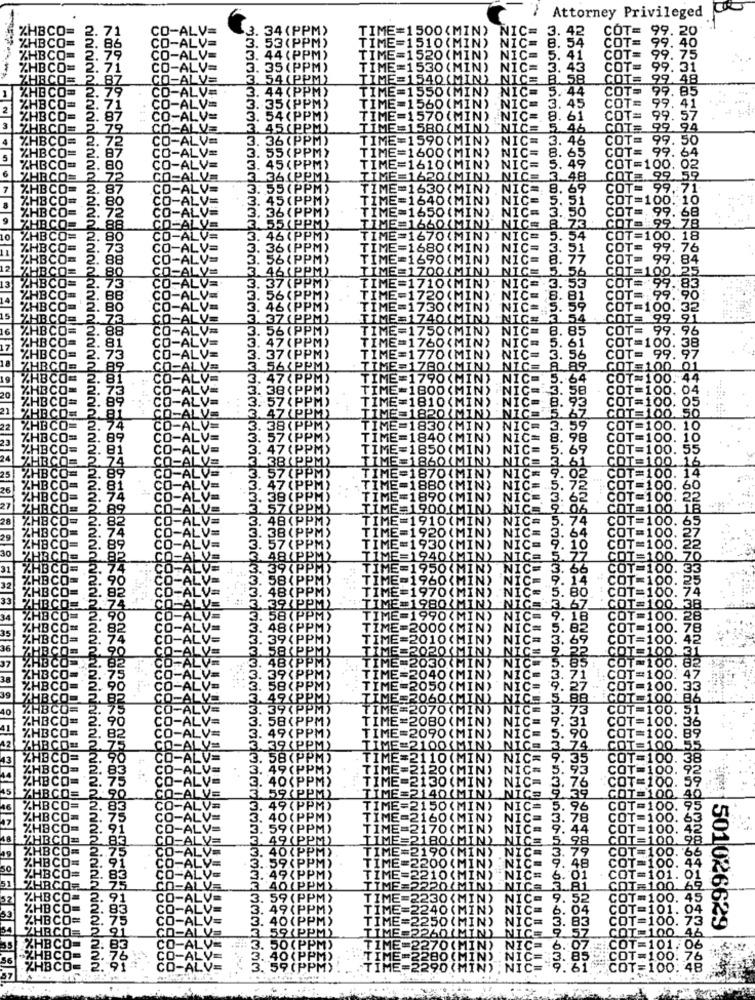
Attorney Privileged
34 (PPM)
(ME=1500(MIN) NIC= 3. 42
COT= 99. 20
53 (PPM)
TIME=1510(MIN)
NIC= 8. 54
COT= 99.
IME =1520 (MIN)
NIC= 5. 41
COT= 99.
75
35 (PP
TIME=1530 (MIN) NIC= 3. 43
COT= 99. 31
54 (PPM)
IME
=1540 (MIN) NICE B. 58
COT= 99 48
44 (PPM
TIME=1550 (MIN) NIC= 5. 44
COT= 99.85
5(PPM
TIME=1560 (MIN) NIC= 3. 45
COT= 99. 41
4 (PPM
TIMES
E=1570 (MIN) . NIC= 8. 61
COT= 99. 57
TIME=1580(MIN) NIC= 5.46
COT= 99.94
TIME=1590 (MIN)
NIC= 3. 46
COT= 99. 50
TIME=1600(MIN) NIC= 8. 65
COT= 99. 64
45(PPM
TIME=1610 (MIN)
NIC= 5. 49
COT=100. 02
361PPM
TIME=1620(MIN) NIC= 3.48
COTE 99 59
TIME=1630(MIN) NIC= 8. 69
COT= 99.9
TIME=1640 (MIN) NIC= 5. 51
COT=100. 10
TIME=1650 (MIN). NIC= 3
50
COT =. 99. 68
COT= 99 78
CIME=1660(MIN) NICS 8
73
ME =1670(MIN) NIC= 5
.54
COT=100. 18
TIME=1680(MIN) NIC= 3.
51
COT=
99.76
TIME=1690(MIN) NIC= 8. 77
COT=
99. 84
_TIME=1700(MIN) NICE 5.56
COT=1
00.25
(PPM
53
COT=
99.83
TIME=1710(MIN)
NICE
(PPM
TIME=1720 (MIN) NIC= 8
31
COT-
79.90
(PPM
E=1730 (MIN)
NIC-
59
COT
IME=1740(MIN) NIC="
COTE
IPPM
TI
ME=1750(MIN)
NIC=
8.85
COT
99.96
NIC=
COT
00. 38
IME=1760(MIN)
E=1770 (MIN)
NIC=
79.97
[ME=1780(MIN)
NICE
COT
00 01
ME=1790 (MIN)
NIC
00. 44
IME =1800 (MIN)
00. 04
TIME=
E=1810(MIN)
ME=1820(MIN)
NICE
IME=1830(MIN)
NIC
IME=1840 (MIN)
NIC
ME=1850(MI
NIC
IME=1860(MIN)
NICE
TIME=1870(MI
870 (MIN) NIC=
IME=1880(MIN
NIC=
TIME =1890(MI
NIC
ME=1900(M]
NICE
ME=1910(M
NIC=
IE=1920(M
NIC=
30
1930(
NIC=
TIME=
E=1
1940(MIN) NIC=
40
TIME
50 (MIN) NIC=
T
TIME
X(MIN)
NIC=
TIME=1970(MIN)
70 (MIN
.NIC=
TIME=1
BOXMIN
80(MIN) NICE
ME=1
90 MIN
NIC=
TIME
OO (MIN)
TIME
10(MIN) NIC=
10 (MIN)
(MIN)
NICE
Em
30 (MIN)
NIC-
nininingnininininini
ME
O (MIN)
NIC-
TIME
50 (MIN)
NIC=
9.
TIMES
160 (MIN) NICE
5
TIME=2
070 (MIN)
NICE
3.
TIME=2080 (MIN)
NIC=
9
TIME=2090 (MIN)
NICE
5. 90
TIME=2100(MIN) NIC= 3 74
TIME=2110(MIN) NIC=
9.35
TIME=2120 (MIN) NIC=
5.93
TIME=2130 (MIN) NIC= 3. 76
TIME=2140(MIN) NICS 9.39
TIME=2150(MIN) NIC=
5.96
TIME=2160 (MIN) NICE
70(
44
LIME=
2180(MIN) NIC= 5
TIME=2190(MIN) NIC=
3
TIME=2
OO (MIN) NIC=
TIME
10 (MIN) NIC=
6. 01
TIME=2220(MIN)
NICS
TIME=
2230 (MIN)
NIC= 9. 52
52
IME:
240 (MIN)
NIC=
6. 04
ME=
50 (MIN)
ZZZZZZ
B3
ME 22601MIN
3.83
***: 501026629
NICE
9.57
ME!
2270 (MIN)
NICE
6.07
BO (MIN)
. NIC
3.85
NIC
8888888888